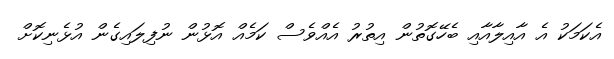
އެކަމަކު އެ އާއިލާއާއި ބެހޭގޮތުން އިތުރު އެއްވެސް ކަމެއް އޮޅުން ނުފިލައިގެން އުޅެނިކޮށް